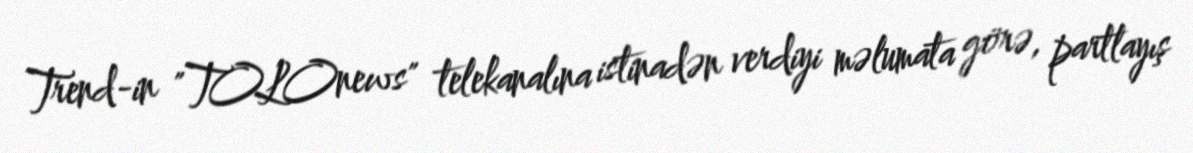
Trend-in "TOLOnews" telekanalına istinadən verdiyi məlumata görə, partlayış